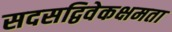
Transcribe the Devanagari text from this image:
सदसद्विवेकक्षमता